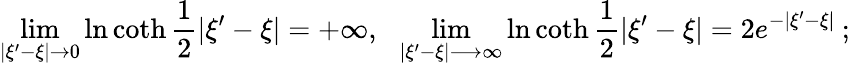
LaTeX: \operatorname*{lim}_{|\xi^{\prime}-\xi|\rightarrow 0}\ln\coth\frac{1}{2}|\xi^{\prime}-\xi|=+\infty,\: \: \: \operatorname*{lim}_{|\xi^{\prime}-\xi|\longrightarrow\infty}\ln\coth\frac{1}{2}|\xi^{\prime}-\xi|=2e^{-|\xi^{\prime}-\xi|}\: ;